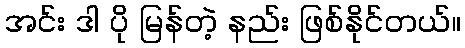
အင်း ဒါ ပို မြန်တဲ့ နည်း ဖြစ်နိုင်တယ်။